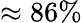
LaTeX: \approx 86\%